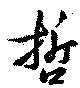
哲